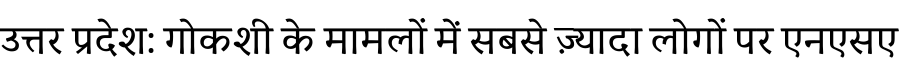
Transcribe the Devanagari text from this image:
उत्तर प्रदेश: गोकशी के मामलों में सबसे ज़्यादा लोगों पर एनएसए